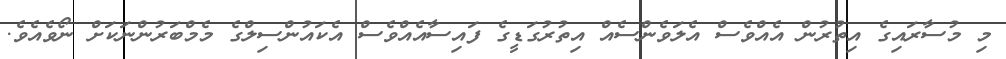
މި މުސާރައިގެ އިތުރުން އެއްވެސް އެލަވެންސެއް އިތުރުގަޑީގެ ފައިސާއެއްވެސް އެކައުންސިލްގެ މެމްބަރުންނަކަށް ނޯވެއެވެ.